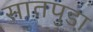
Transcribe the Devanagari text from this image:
सातपुडा़